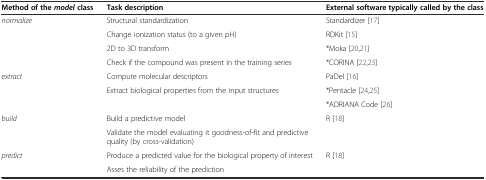
<table><thead><tr><td><b>Method of the<i>model</i>class</b></td><td><b>Task description</b></td><td><b>External software typically called by the class</b></td></tr></thead><tbody><tr><td rowspan="4"><i>normalize</i></td><td>Structural standardization</td><td>Standardizer [17]</td></tr><tr><td>Change ionization status (to a given pH)</td><td>RDKit [15]</td></tr><tr><td>2D to 3D transform</td><td>*Moka [20,21]</td></tr><tr><td>Check if the compound was present in the training series</td><td>*CORINA [22,23]</td></tr><tr><td rowspan="3"><i>extract</i></td><td>Compute molecular descriptors</td><td>PaDel [16]</td></tr><tr><td>Extract biological properties from the input structures</td><td>*Pentacle [24,25]</td></tr><tr><td></td><td>*ADRIANA Code [26]</td></tr><tr><td rowspan="2"><i>build</i></td><td>Build a predictive model</td><td>R [18]</td></tr><tr><td>Validate the model evaluating it goodness-of-fit and predictive quality (by cross-validation)</td><td></td></tr><tr><td rowspan="2"><i>predict</i></td><td>Produce a predicted value for the biological property of interest</td><td>R [18]</td></tr><tr><td>Asses the reliability of the prediction</td><td></td></tr></tbody></table>